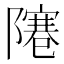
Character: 𨼭